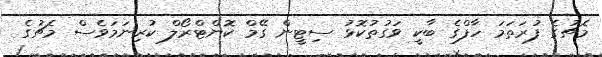
މެޗުގެ ފުރަތަމަ ހާފްގެ ބާކީ ވަގުތުކޮޅު ސިޓީން ގޭމް ކޮންޓްރޯލް ކުރިނަމަވެސް މެޗުގެ